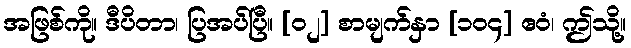
အဖြစ်ကို။ ဒီပိတာ၊ ပြအပ်ပြီ။ [၀၂] စာမျက်နှာ [၁၀၄] ဧဝံ၊ ဤသို့။